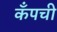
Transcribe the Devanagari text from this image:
कँपची